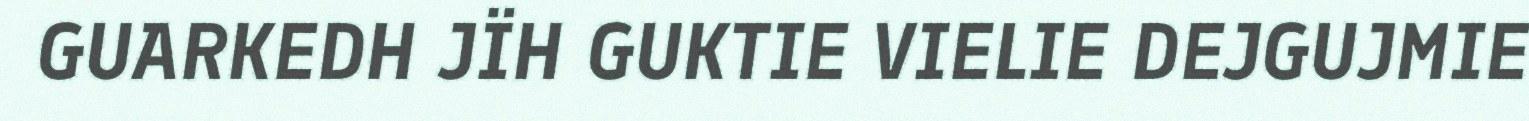
GUARKEDH JÏH GUKTIE VIELIE DEJGUJMIE